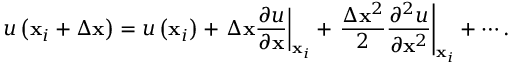
u \left( \mathbf { x } _ { i } + \Delta \mathbf { x } \right) = u \left( \mathbf { x } _ { i } \right) + \left. \Delta \mathbf { x } \frac { \partial u } { \partial \mathbf { x } } \right| _ { \mathbf { x } _ { i } } + \left. \frac { \Delta \mathbf { x } ^ { 2 } } { 2 } \frac { \partial ^ { 2 } u } { \partial \mathbf { x } ^ { 2 } } \right| _ { \mathbf { x } _ { i } } + \cdots .